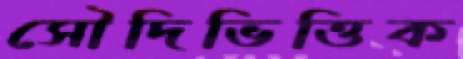
সৌদিভিত্তিক